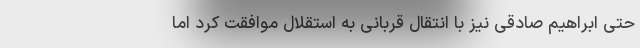
حتی ابراهیم صادقی نیز با انتقال قربانی به استقلال موافقت کرد اما